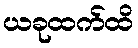
ယခုထက်ထိ